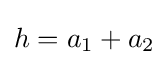
h=a_{1}+a_{2}